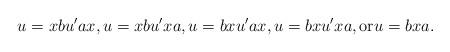
LaTeX: \begin{align*}u = xbu'ax, u = xbu'xa, u = bxu'ax, u = bxu'xa, \mbox{or} u=bxa.\end{align*}